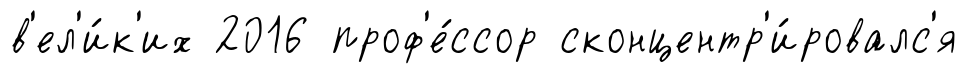
в'ел'и́к'их 2016 проф'е́ссор сконцентр'и́ровалс'я